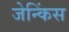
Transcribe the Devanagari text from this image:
जेन्किंस